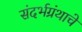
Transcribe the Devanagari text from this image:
संदर्भग्रंथाचे